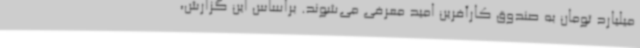
میلیارد تومان به صندوق کارآفرین امید معرفی می‌شوند. براساس این گزارش،